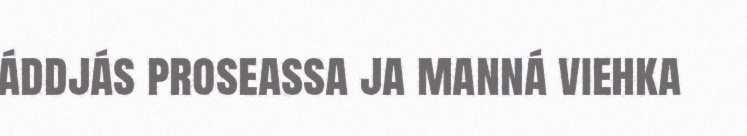
áddjás proseassa ja manná viehka